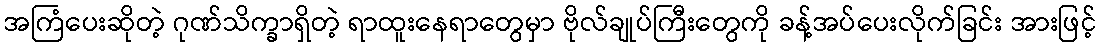
အကြံပေးဆိုတဲ့ ဂုဏ်သိက္ခာရှိတဲ့ ရာထူးနေရာတွေမှာ ဗိုလ်ချုပ်ကြီးတွေကို ခန့်အပ်ပေးလိုက်ခြင်း အားဖြင့်